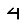
Digit: 4